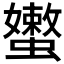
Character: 𰳣